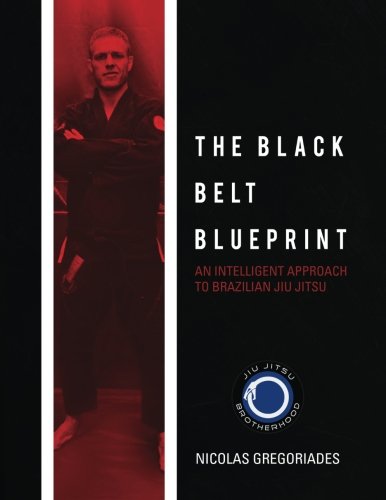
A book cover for The Black Belt Blueprint: An Intelligent Approach to Brazilian Jiu Jitsu; Nicolas Gregoriades; Sports & Outdoors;